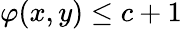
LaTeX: \varphi(x,y)\leq c+1